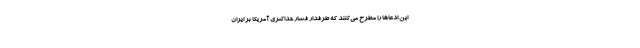
این ادعاها را مطرح می‌کنند که طرفدار فشار حداکثری آمریکا بر ایران